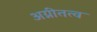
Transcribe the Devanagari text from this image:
अग्नीतत्व